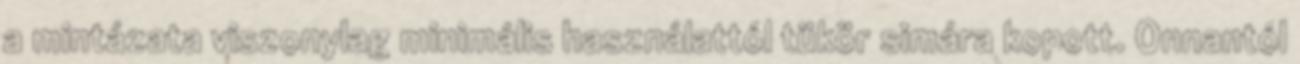
a mintázata viszonylag minimális használattól tükör simára kopott. Onnantól